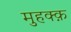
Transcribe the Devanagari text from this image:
मुहक्क़